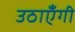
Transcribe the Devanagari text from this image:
उठाएँगी